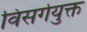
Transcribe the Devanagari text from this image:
विसर्गयुक्त